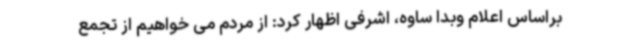
براساس اعلام وبدا ساوه، اشرفی اظهار کرد: از مردم می خواهیم از تجمع